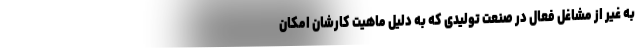
به غیر از مشاغل فعال در صنعت تولیدی که به دلیل ماهیت کارشان امکان